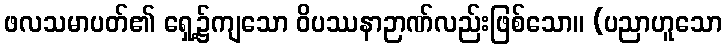
ဖလသမာပတ်၏ ရှေ့၌ကျသော ဝိပဿနာဉာဏ်လည်းဖြစ်သော။ (ပညာဟူသော